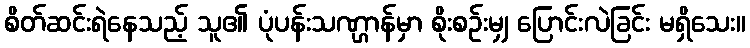
စိတ်ဆင်းရဲနေသည့် သူ၏ ပုံပန်းသဏ္ဌာန်မှာ စိုးစဉ်းမျှ ပြောင်းလဲခြင်း မရှိသေး။